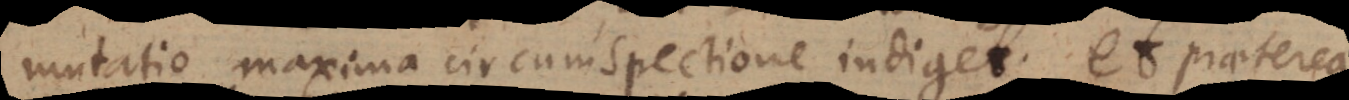
mutatio maxima circumspectione indiget; et praeterea